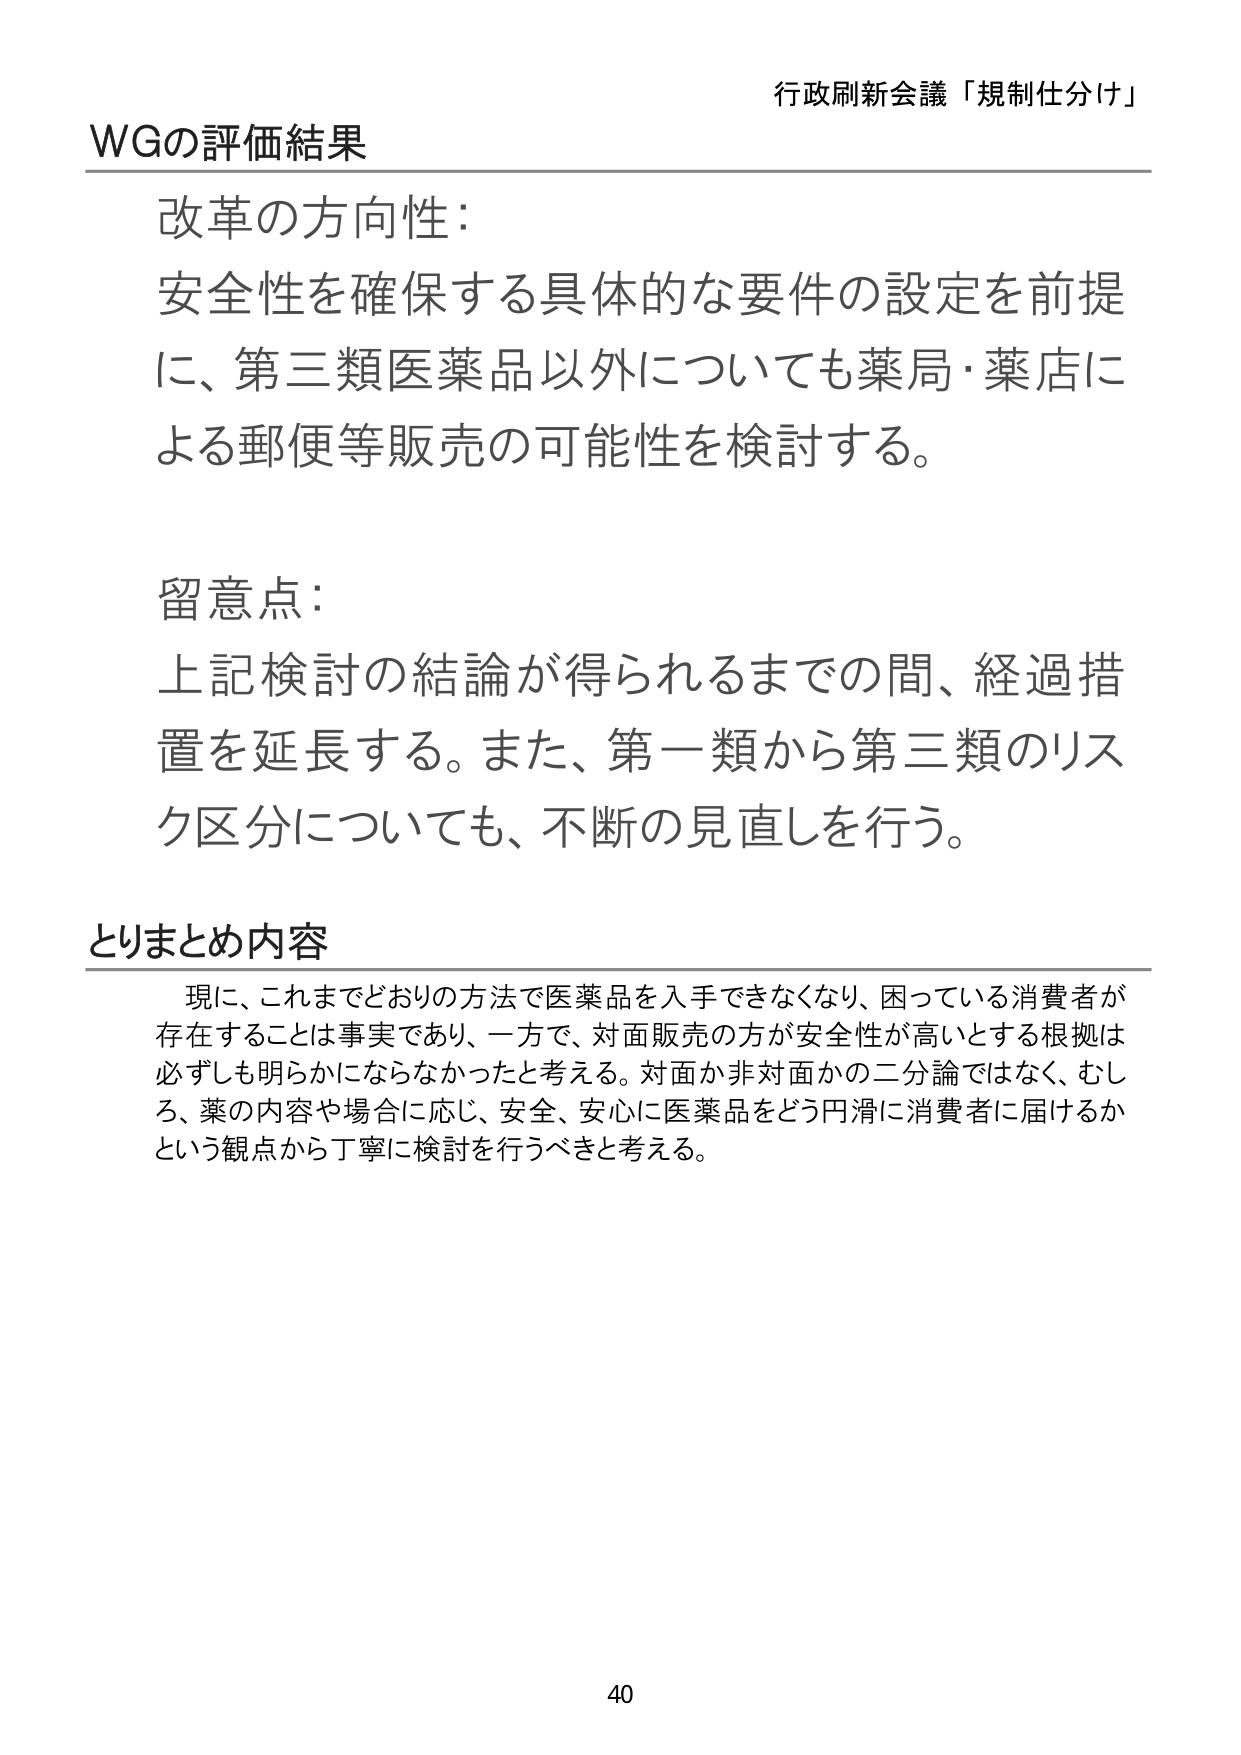
行政刷新会議「規制仕分け」

WGの評価結果

改革の方向性：
安全性を確保する具体的な要件の設定を前提に、第三類医薬品以外についても薬局・薬店による郵便等販売の可能性を検討する。

留意点：
上記検討の結論が得られるまでの間、経過措置を延長する。また、第一類から第三類のリスク区分についても、不断の見直しを行う。

とりまとめ内容
現に、これまでどおりの方法で医薬品を入手できなくなり、困っている消費者が存在することは事実であり、一方で、対面販売の方が安全性が高いとする根拠は必ずしも明らかにならなかったと考える。対面か非対面かの二分論ではなく、むしろ、薬の内容や場合に応じ、安全、安心に医薬品をどう円滑に消費者に届けるかという観点から丁寧に検討を行うべきと考える。

40